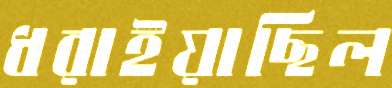
ধরাইয়াছিল